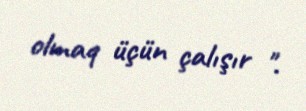
olmaq üçün çalışır ".